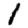
Digit: 1